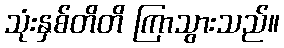
သုံးနှစ်တိတိ ကြာသွားသည်။